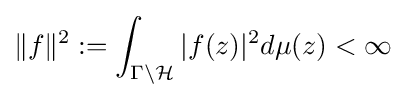
\|f\|^{2}:=\int _{\Gamma \backslash {\mathcal {H}}}|f(z)|^{2}d\mu (z)<\infty